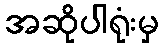
အဆိုပါရုံးမှ